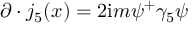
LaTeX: \partial \cdot j _ { 5 } ( x ) = 2 \mathrm { i } m \psi ^ { + } \gamma _ { 5 } \psi